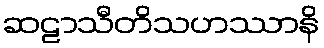
ဆဠာသီတိသဟဿာနိ